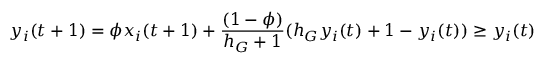
y _ { i } ( t + 1 ) = \phi x _ { i } ( t + 1 ) + \frac { ( 1 - \phi ) } { h _ { G } + 1 } ( h _ { G } y _ { i } ( t ) + 1 - y _ { i } ( t ) ) \geq y _ { i } ( t )